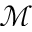
\mathscr { M }